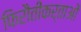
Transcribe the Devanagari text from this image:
फिरौतीकर्ताओं